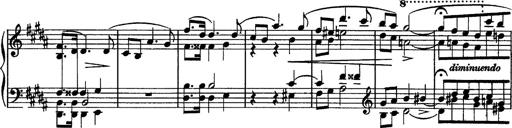
Title: Piano Sonata
Composer: Karl HÃ¤ssler
Key: C major